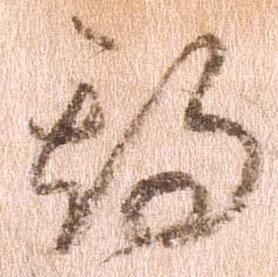
期